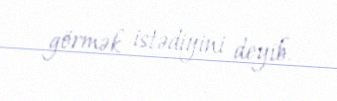
görmək istədiyini deyib.